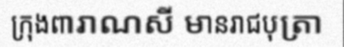
ក្រុងពារាណសី មានរាជបុត្រា